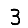
Digit: 3